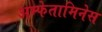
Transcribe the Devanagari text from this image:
अम्फेतामिनेस